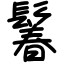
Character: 鬊